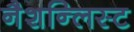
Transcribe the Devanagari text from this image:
नैशन्लिस्ट